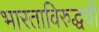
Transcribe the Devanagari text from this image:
भारताविरुद्धची